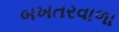
બખતરવાળા